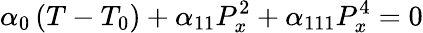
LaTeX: \alpha_{0}\left(T-T_{0}\right)+\alpha_{11}P_{x}^{2}+\alpha_{111}P_{x}^{4}=0